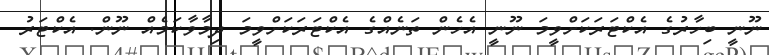
ނޫނީ ބިހާރުގެ އެކްޓަރަކަށްވީމަ ނޫނީ އެހެން ތަނެއްގެ އެކްޓަރަކަށްވީމަ ދިމާވާކަމެއް ނޫން. އެކްޓަރު